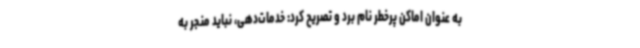
به عنوان اماکن پرخطر نام برد و تصریح کرد: خدمات‌دهی، نباید منجر به